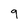
Character: 9